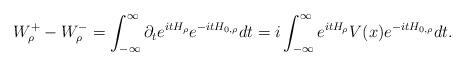
LaTeX: \begin{align*}W_\rho^+-W_\rho^-=\int_{-\infty}^\infty\partial_te^{itH_\rho}e^{-itH_{0,\rho}}dt=i\int_{-\infty}^\infty e^{itH_\rho}V(x)e^{-itH_{0,\rho}}dt.\end{align*}